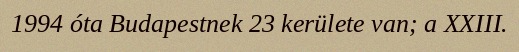
1994 óta Budapestnek 23 kerülete van; a XXIII.